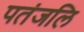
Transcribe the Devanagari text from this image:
पतंजलि